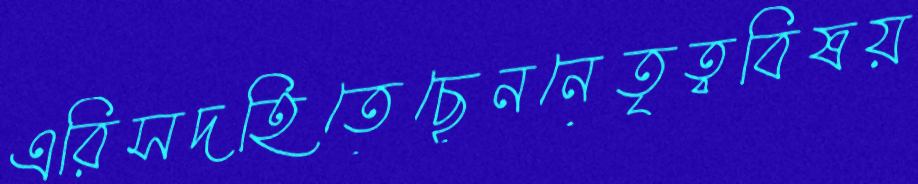
এরিসদহিতেছেননেতৃত্ববিষয়